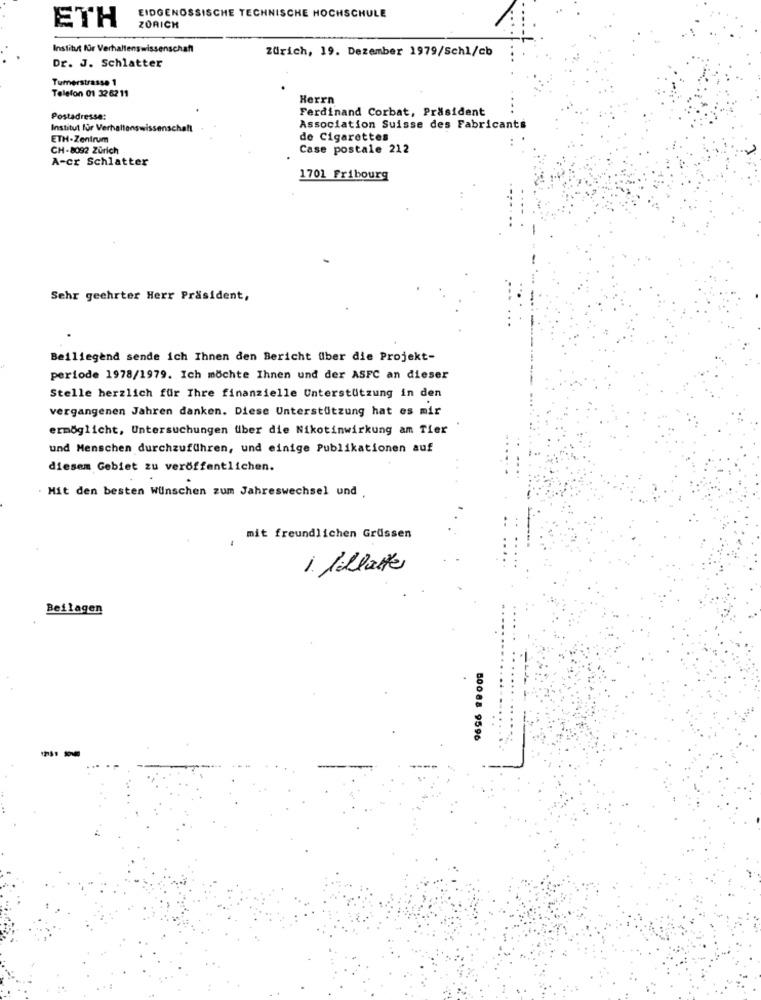
ETH
EIDGENÖSSISCHE TECHNISCHE HOCHSCHULE
ZORICH
Institut für Verhaltenswissenschaft
Zürich, 19. Dezember 1979/Schl/cb
Dr. J. Schlatter
Tumerstrasse 1
Telefon 01 3262 11
Herrn
Ferdinand Corbat, Präsident
Postadresse:
Institut für Verhaltenswissenschaft
Association Suisse des Fabricants
ETH-Zentrum
de Cigarettes
CH-8092 Zurich
Case postale 212
A-cr Schlatter
1701 Fribourg
Sehr geehrter Herr Präsident,
Beiliegend sende ich Ihnen den Bericht über die Projekt-
periode 1978/1979. Ich möchte Ihnen und der ASFC an dieser
Stelle herzlich für Ihre finanzielle Unterstützung in den
vergangenen Jahren danken. Diese Unterstützung hat es mir
ermöglicht, Untersuchungen über die Nikotinwirkung am Tier
und Menschen durchzuführen, und einige Publikationen auf
diesem Gebiet zu veröffentlichen.
. Mit den besten Wünschen zum Jahreswechsel und .
mit freundlichen Grüssen
1. Illatte
Beilagen
50088 9596